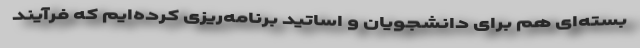
بسته‌ای هم برای دانشجویان و اساتید برنامه‌ریزی کرده‌ایم که فرآیند